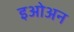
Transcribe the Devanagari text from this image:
इओअन